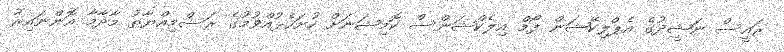
ރައީސް ނަޝީދުގެ އެޕްލިކޭޝަން ފޯމް އިލެކްޝަންސް ކޮމިޝަނަށް ހުށަހެޅުއްވުމުގެ ރަސްމިއްޔާތު މާދާމާ އޮންނައިރު